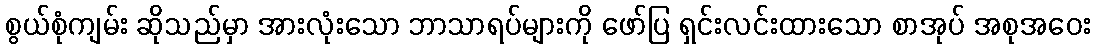
စွယ်စုံကျမ်း ဆိုသည်မှာ အားလုံးသော ဘာသာရပ်များကို ဖော်ပြ ရှင်းလင်းထားသော စာအုပ် အစုအဝေး